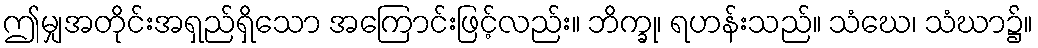
ဤမျှအတိုင်းအရှည်ရှိသော အကြောင်းဖြင့်လည်း။ ဘိက္ခု၊ ရဟန်းသည်။ သံဃေ၊ သံဃာ၌။